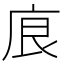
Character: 㡾